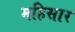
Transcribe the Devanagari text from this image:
महिसार